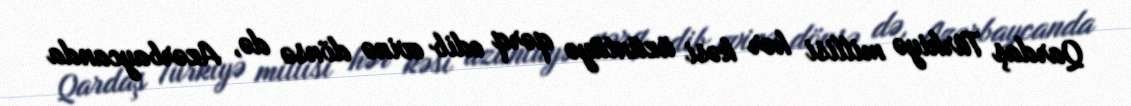
Qardaş Türkiyə millisi hər kəsi üzüntüyə qərq edib evinə dönsə də, Azərbaycanda